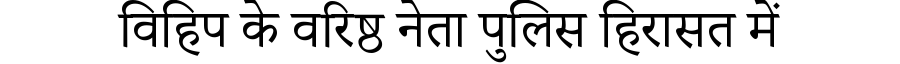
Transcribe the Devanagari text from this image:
विहिप के वरिष्ठ नेता पुलिस हिरासत में